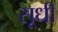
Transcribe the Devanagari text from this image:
सूधी